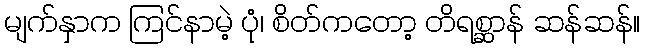
မျက်နှာက ကြင်နာမဲ့ ပုံ၊ စိတ်ကတော့ တိရစ္ဆာန် ဆန်ဆန်။